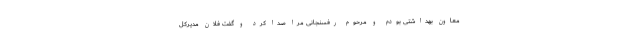
معاون بهداشتی بودم و مرحوم رفسنجانی مرا صدا کرد و گفت فلان مدیرکل